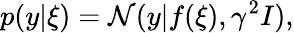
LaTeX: p(y|\xi)=\mathcal{N}(y|f(\xi),\gamma^{2}I),